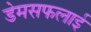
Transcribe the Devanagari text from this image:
डेमसफलाई